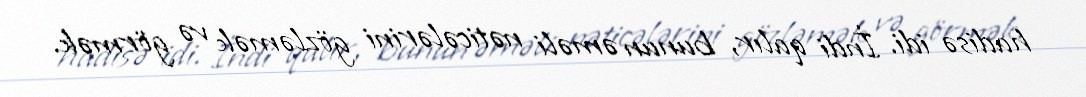
hadisə idi. İndi qalır, bunun əməli nəticələrini gözləmək və görmək.